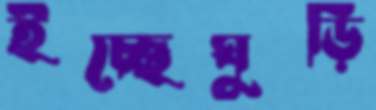
ইচ্ছেঘুড়ি